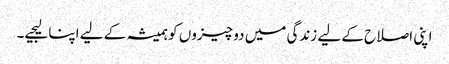
اپنی اصلاح کے لیے زندگی میں دو چیزوں کو ہمیشہ کے لیے اپنا لیجیے۔